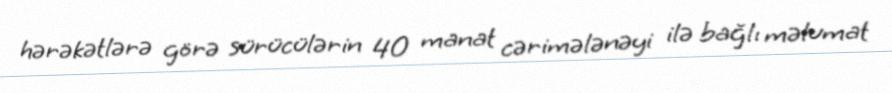
hərəkətlərə görə sürücülərin 40 manat cərimələnəyi ilə bağlı məlumat